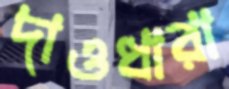
দাওধারা